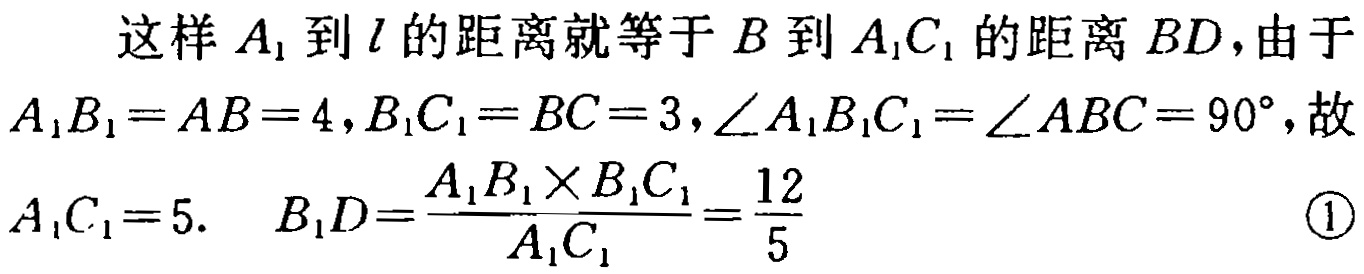
这样 \(A_1\) 到 \(l\) 的距离就等于 \(B\) 到 \(A_1C_1\) 的距离 \(BD\)，由于 \(A_1B_1 = AB = 4,B_1C_1 = BC = 3,\angle A_1B_1C_1=\angle ABC = 90^{\circ}\)，故 \(A_1C_1 = 5.\)  \(B_1D=\frac{A_1B_1\times B_1C_1}{A_1C_1}=\frac{12}{5}\)  \textcircled{1}